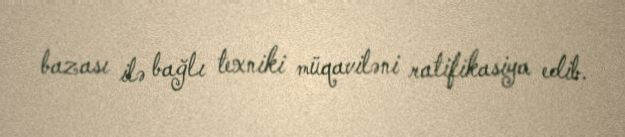
bazası ilə bağlı texniki müqaviləni ratifikasiya edib.